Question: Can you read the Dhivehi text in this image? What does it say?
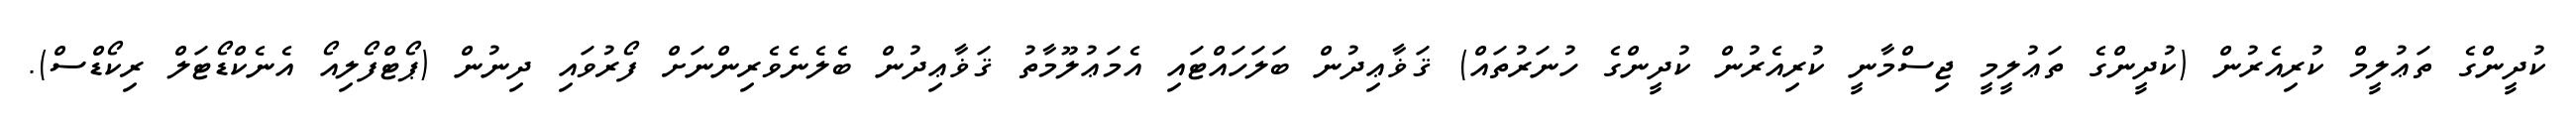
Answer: ކުދީންގެ ތަޢުލީމް ކުރިއެރުން (ކުދީންގެ ތަޢުލީމީ ޖިސްމާނީ ކުރިއެރުން ކުދީންގެ ހުނަރުތައް) ޤަޥާޢިދުން ބަލަހައްޓައި އެމަޢުލޫމާތު ޤަޥާޢިދުން ބެލެނެވެރިންނަށް ފޯރުވައި ދިނުން (ޕޯޓްފޯލިއޯ އެނެކްޑޯޓަލް ރިކޯޑްސް).